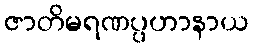
ဇာတိမရဏပ္ပဟာနာယ